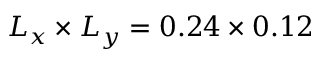
L _ { x } \times L _ { y } = 0 . 2 4 \times 0 . 1 2